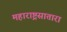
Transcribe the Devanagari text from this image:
महाराष्ट्रसातारा